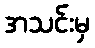
အသင်းမှ